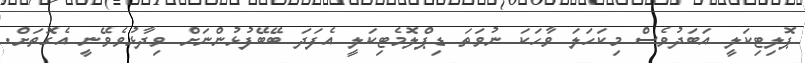
ޕޮލިޓިކަލީ އަބަދުވެސް މިކަހަލަ ވާހަކަ ނުވަތަ ޑިޕްލޮމެޓިކަލީ އެފަދަ ބޭބޭފުޅުންނަށް ވިދާޅުވެވޭނީ އެގޮތަށް.